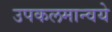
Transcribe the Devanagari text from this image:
उपकलमान्वये